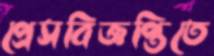
প্রেসবিজ্ঞপ্তিতে